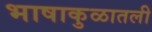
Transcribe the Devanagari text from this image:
भाषाकुळातली